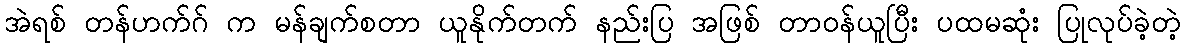
အဲရစ် တန်ဟက်ဂ် က မန်ချက်စတာ ယူနိုက်တက် နည်းပြ အဖြစ် တာဝန်ယူပြီး ပထမဆုံး ပြုလုပ်ခဲ့တဲ့